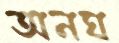
অনঘ